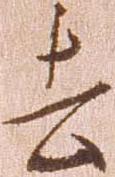
去